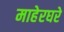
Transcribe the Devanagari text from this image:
माहेरघरे